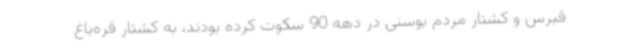
قبرس و کشتار مردم بوسنی در دهه 90 سکوت کرده بودند، به کشتار قره‌باغ